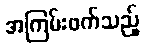
အကြမ်းဖက်သည့်